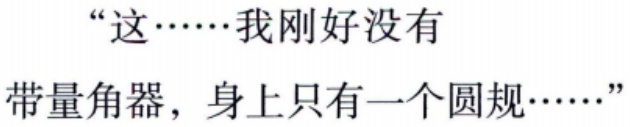
“这……我刚好没有

带量角器，身上只有一个圆规……”